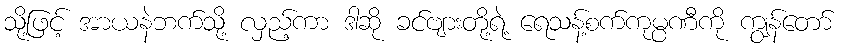
သို့ဖြင့် အာယနဲဘက်သို့ လှည့်ကာ ဒါဆို ခင်ဗျားတို့ရဲ့ ရေသန့်စက်ကုမ္ပဏီကို ကျွန်တော်